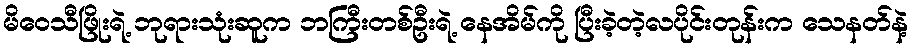
မိဝေသီဖြိုးရဲ့ ဘုရားသုံးဆူက ဘကြီးတစ်ဦးရဲ့ နေအိမ်ကို ပြီးခဲ့တဲ့လပိုင်းတုန်းက သေနတ်နဲ့